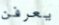
يعرفن